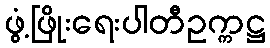
ဖွံ့ဖြိုးရေးပါတီဥက္ကဋ္ဌ